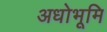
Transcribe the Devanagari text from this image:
अधोभूमि